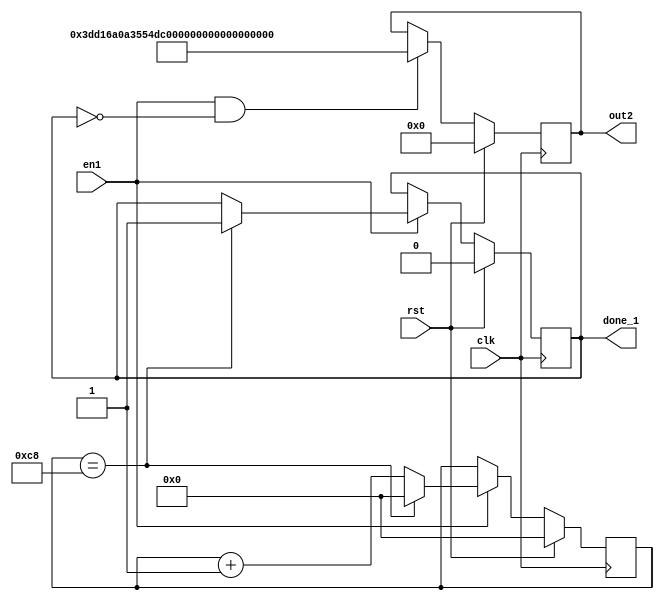
`timescale 1ns / 1ps
module ro_trng1(

input clk, rst,
input en1,
output reg [127:0] out2,
output reg done_1

);

reg [8:0] cnt_1;
//wire out2;
wire [7:0] out_1;
//wire [9:0] out2;
wire temp1;
//XOR Tree
assign temp1 = out_1[0]^out_1[1]^out_1[2]^out_1[3]^out_1[4]^out_1[5]^out_1[6]^out_1[7];


always @(posedge clk)
begin
    if (rst == 1) begin
        cnt_1 <= 0;
        done_1 <= 0;
     end
    else if ( en1 == 1) begin
        cnt_1 <= cnt_1+1;
            if (cnt_1 == 200) begin
                cnt_1 <= 0;
                done_1 <= 1;
            end
     end
end

always @(posedge clk)
begin
    if (rst == 1)
        out2 <= 0;
    else if (en1 == 1 && done_1 != 1)
        //out2 <= {temp1,out2[127:1]};
		//out2 <= 128'h06759EE04673F503054044091165C108;
		//out2 <= 128'd5000;
	out2 <= 128'h3dd16a0a3554db070e0b00ce143b7344;
end
/*
  genvar i;

	generate	
		for(i=0; i<8; i= i+1) begin :loop	
			ro ro1 (.en(en), .roout(out_1[i])); //ro output in out_1
		end
	endgenerate  
*/
	
endmodule